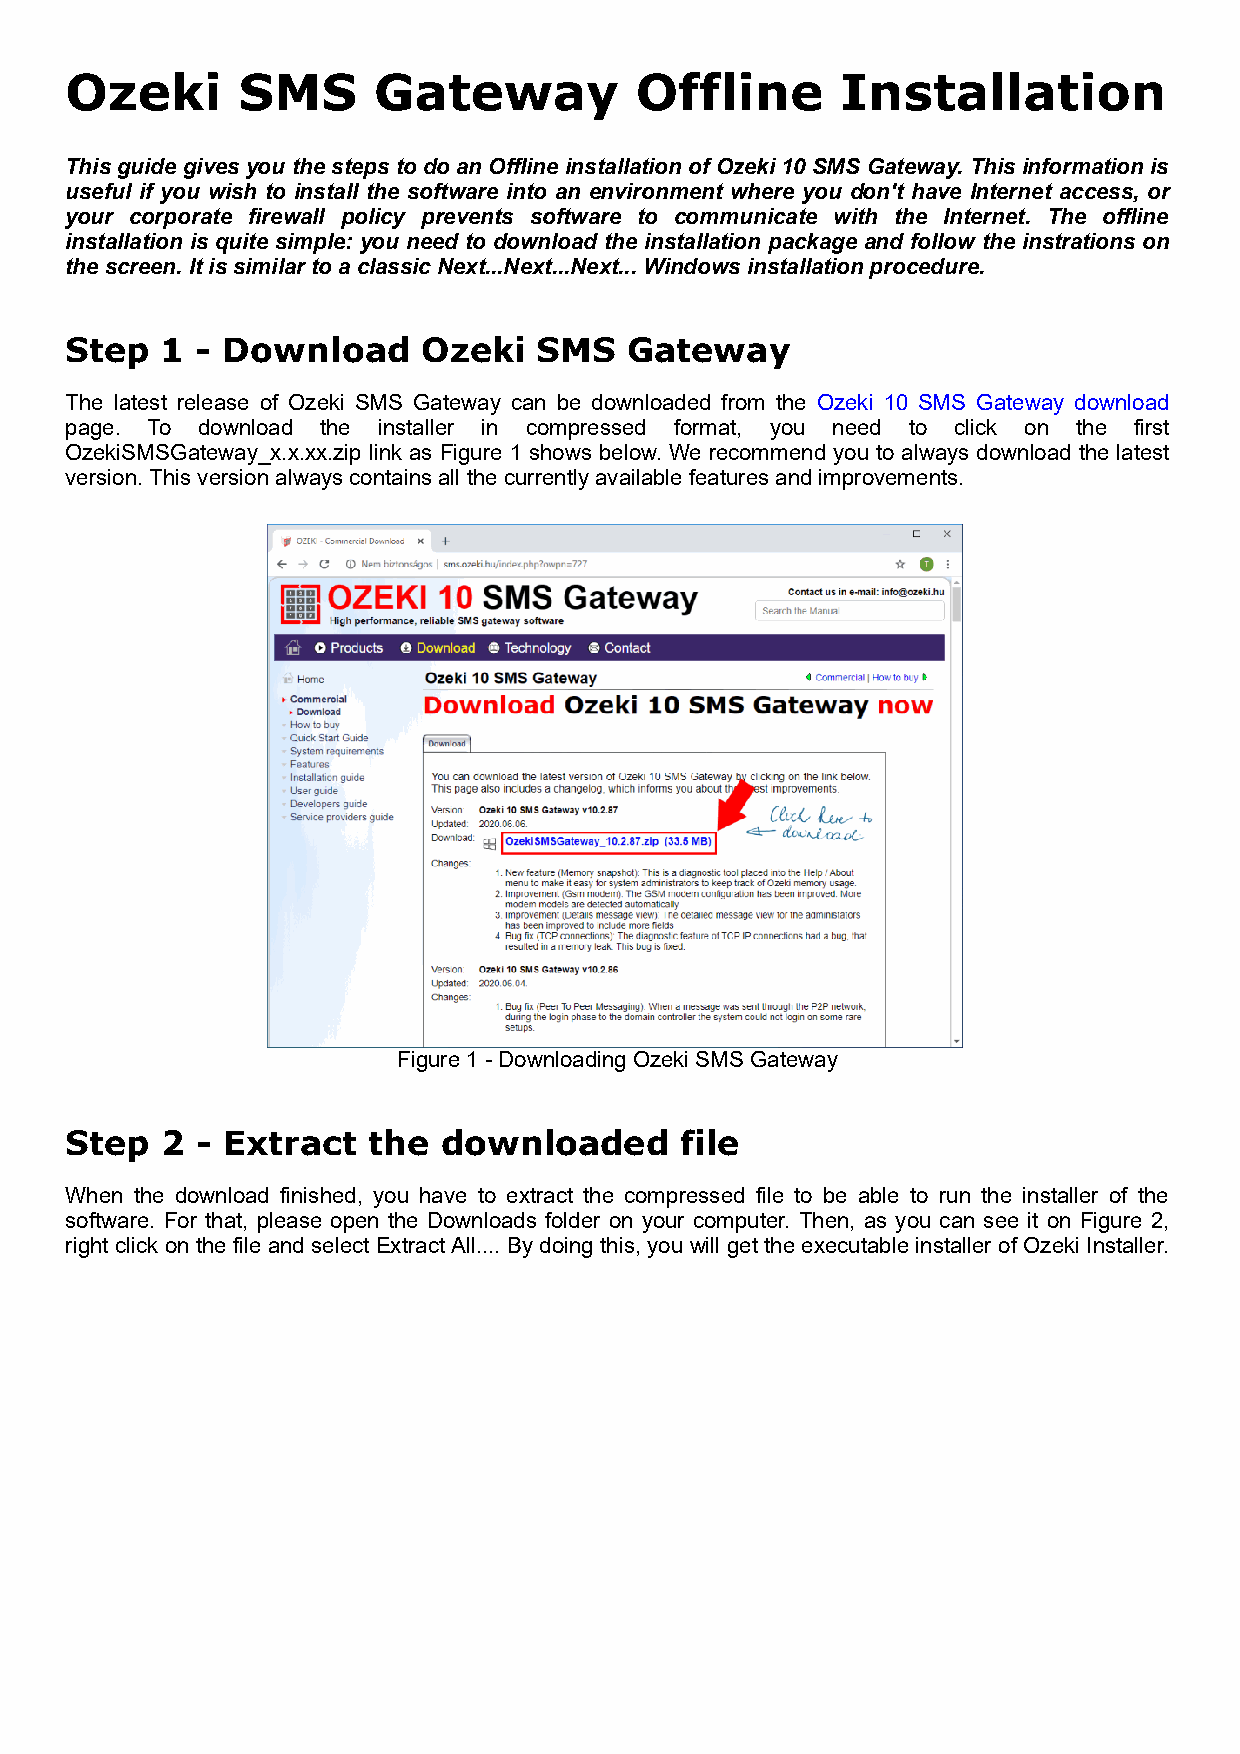
Ozeki       SMS      Gateway          Offline       Installation
 This guide gives you the steps to do an Offline installation of Ozeki 10 SMS Gateway. This information is
 useful if you wish to install the software into an environment where you don't have Internet access, or
 your corporate firewall policy prevents software to communicate with the Internet. The offline
 installation is quite simple: you need to download the installation package and follow the instrations on
 the screen. It is similar to a classic Next...Next...Next... Windows installation procedure.
 Step   1 - Download     Ozeki   SMS   Gateway
 The latest release of Ozeki SMS Gateway can be downloaded from the Ozeki 10 SMS Gateway download
 page. To download the installer in compressed format, you need to click on the first
 OzekiSMSGateway_x.x.xx.zip link as Figure 1 shows below. We recommend you to always download the latest
 version. This version always contains all the currently available features and improvements.
 Figure 1 - Downloading Ozeki SMS Gateway
 Step   2 - Extract  the  downloaded      file
 When the download finished, you have to extract the compressed file to be able to run the installer of the
 software. For that, please open the Downloads folder on your computer. Then, as you can see it on Figure 2,
 right click on the file and select Extract All.... By doing this, you will get the executable installer of Ozeki Installer.